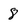
Character: 8